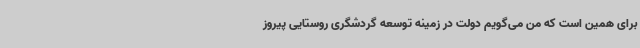
برای همین است که من می‌گویم دولت در زمینه توسعه گردشگری روستایی پیروز